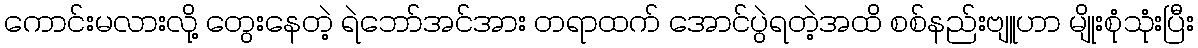
ကောင်းမလားလို့ တွေးနေတဲ့ ရဲဘော်အင်အား တရာထက် အောင်ပွဲရတဲ့အထိ စစ်နည်းဗျူဟာ မျိုးစုံသုံးပြီး